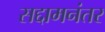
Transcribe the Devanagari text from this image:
सद्दामनंतर